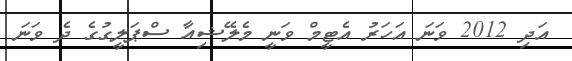
އަދި 2012 ވަނަ އަހަރު އެޓީމް ވަނީ މެލޭޝިއާ ސްޕަލީގުގެ ދެ ވަނަ